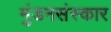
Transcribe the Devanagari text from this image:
मुंडनसंस्कार